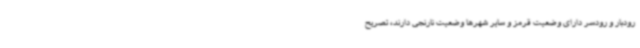
رودبار و رودسر دارای وضعیت قرمز و سایر شهرها وضعیت نارنجی دارند، تصریح